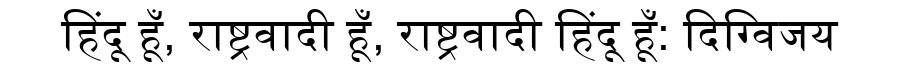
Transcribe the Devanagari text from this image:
हिंदू हूँ, राष्ट्रवादी हूँ, राष्ट्रवादी हिंदू हूँ: दिग्विजय